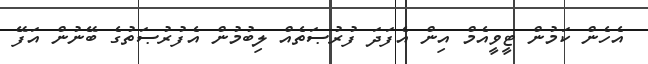
އެހެން ކަމުން ޓީވީއެމް އިން އެފަދަ ފުރުޞަތެއް ލިބުމުން އެފުރުޞަތުގެ ބޭނުން އަފޭ